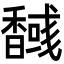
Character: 𮩫